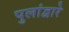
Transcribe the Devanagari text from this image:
पुलांद्वारे